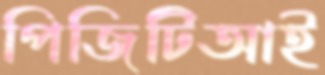
পিজিটিআই